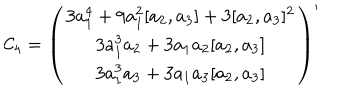
{ \cal C } _ { 4 } = \left( \begin{matrix} { { 3 a _ { 1 } ^ { 4 } + 9 a _ { 1 } ^ { 2 } [ a _ { 2 } , a _ { 3 } ] + 3 [ a _ { 2 } , a _ { 3 } ] ^ { 2 } } } \\ { { 3 a _ { 1 } ^ { 3 } a _ { 2 } + 3 a _ { 1 } a _ { 2 } [ a _ { 2 } , a _ { 3 } ] } } \\ { { 3 a _ { 1 } ^ { 3 } a _ { 3 } + 3 a _ { 1 } a _ { 3 } [ a _ { 2 } , a _ { 3 } ] } } \\ \end{matrix} \right) ^ { \prime }